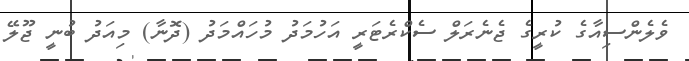
ވެލެންސިއާގެ ކުރީގެ ޖެނެރަލް ސެކްރެޓަރީ އަހުމަދު މުހައްމަދު (ދޮނާ) މިއަދު ބުނީ ޖޫލޭ